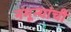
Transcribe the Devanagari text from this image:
नमून्यांची